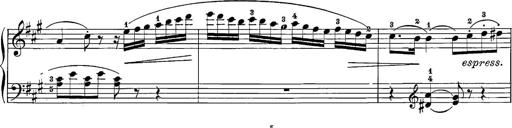
Title: 12 Sonatine per Pianoforte
Composer: Friedrich Kuhlau